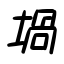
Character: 堝